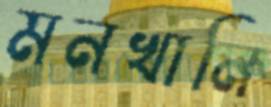
মনখানি